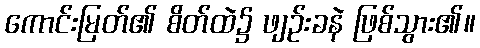
ကောင်းမြတ်၏ စိတ်ထဲ၌ ဖျဉ်းခနဲ ဖြစ်သွား၏။